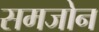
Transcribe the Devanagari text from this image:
समजोन